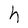
Character: h